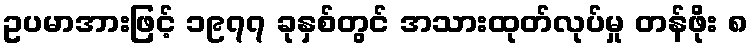
ဥပမာအားဖြင့် ၁၉၇၇ ခုနှစ်တွင် အသားထုတ်လုပ်မှု တန်ဖိုး ၈